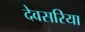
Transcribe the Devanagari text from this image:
देवसरिया